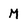
Character: M